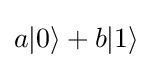
a|0\rangle +b|1\rangle